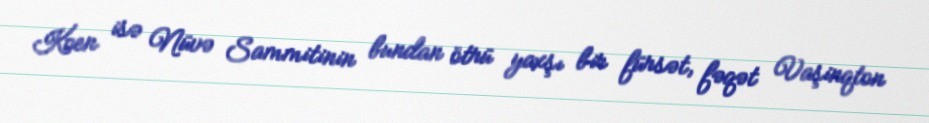
Koen isə Nüvə Sammitinin bundan ötrü yaxşı bir fürsət, fəqət Vaşinqton